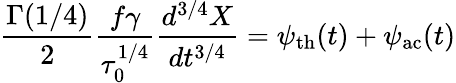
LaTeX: \frac{\Gamma(1/4)}{2}\frac{f\gamma}{\tau_{0}^{1/4}}\frac{d^{3/4}X}{dt^{3/4}}=\psi_{\mathrm{th}}(t)+\psi_{\mathrm{ac}}(t)